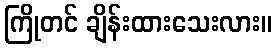
ကြိုတင် ချိန်းထားသေးလား။